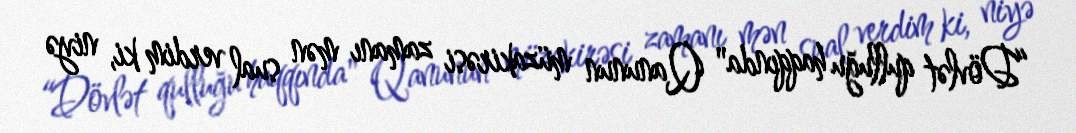
“Dövlət qulluğu haqqında" Qanunun müzakirəsi zamanı mən sual verdim ki, niyə